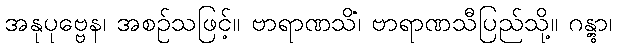
အနုပုဗ္ဗေန၊ အစဉ်သဖြင့်။ ဗာရာဏသိံ၊ ဗာရာဏသီပြည်သို့။ ဂန္တွာ၊